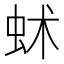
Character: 𧉱